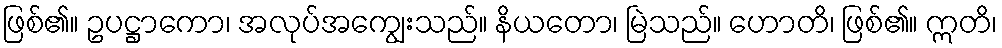
ဖြစ်၏။ ဥပဋ္ဌာကော၊ အလုပ်အကျွေးသည်။ နိယတော၊ မြဲသည်။ ဟောတိ၊ ဖြစ်၏။ ဣတိ၊